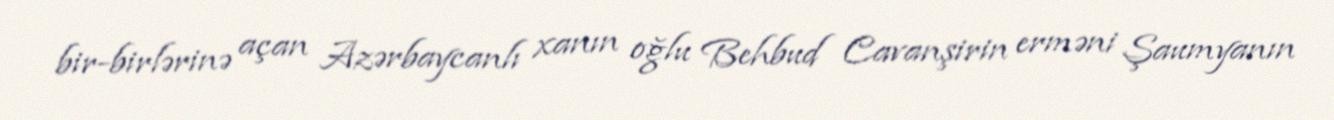
bir-birlərinə açan Azərbaycanlı xanın oğlu Behbud Cavanşirin erməni Şaumyanın